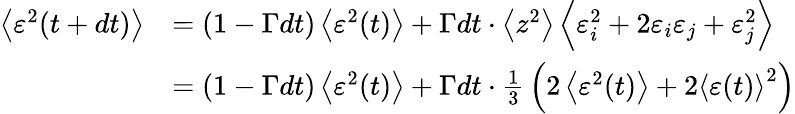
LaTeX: {\begin{array}{rl}{\left\langle\varepsilon^{2}(t+dt)\right\rangle}&{=\left(1-\Gamma dt\right)\left\langle\varepsilon^{2}(t)\right\rangle+\Gamma dt\cdot\left\langle z^{2}\right\rangle\left\langle\varepsilon_{i}^{2}+2\varepsilon_{i}\varepsilon_{j}+\varepsilon_{j}^{2}\right\rangle}\\ &{=\left(1-\Gamma dt\right)\left\langle\varepsilon^{2}(t)\right\rangle+\Gamma dt\cdot{\frac{1}{3}}\left(2\left\langle\varepsilon^{2}(t)\right\rangle+2\left\langle\varepsilon(t)\right\rangle^{2}\right)}\end{array}}